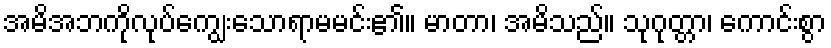
အမိအဘကိုလုပ်ကျွေးသောရာမမင်း၏။ မာတာ၊ အမိသည်။ သုဂုတ္တာ၊ ကောင်းစွာ